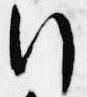
行